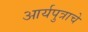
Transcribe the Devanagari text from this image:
आर्यपुत्राचे